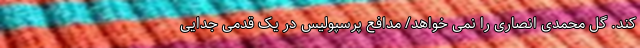
کند. گل محمدی انصاری را نمی خواهد/ مدافع پرسپولیس در یک قدمی جدایی